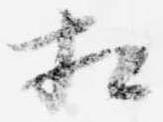
相